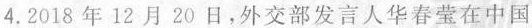
4.2018年12月20日，外交部发言人华春莹在中国